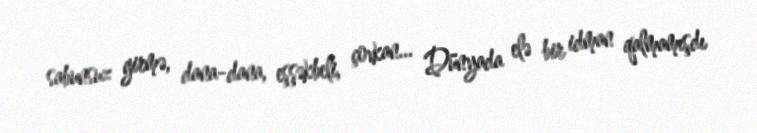
sabunsuz girmə, dana-dana, eşşəkbeli, çovkan... Dünyada elə bir idman qalmamışdı